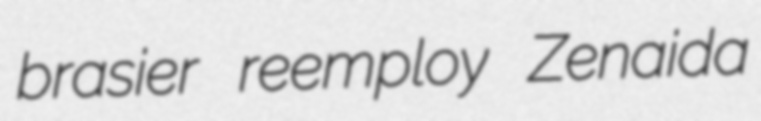
brasier reemploy Zenaida